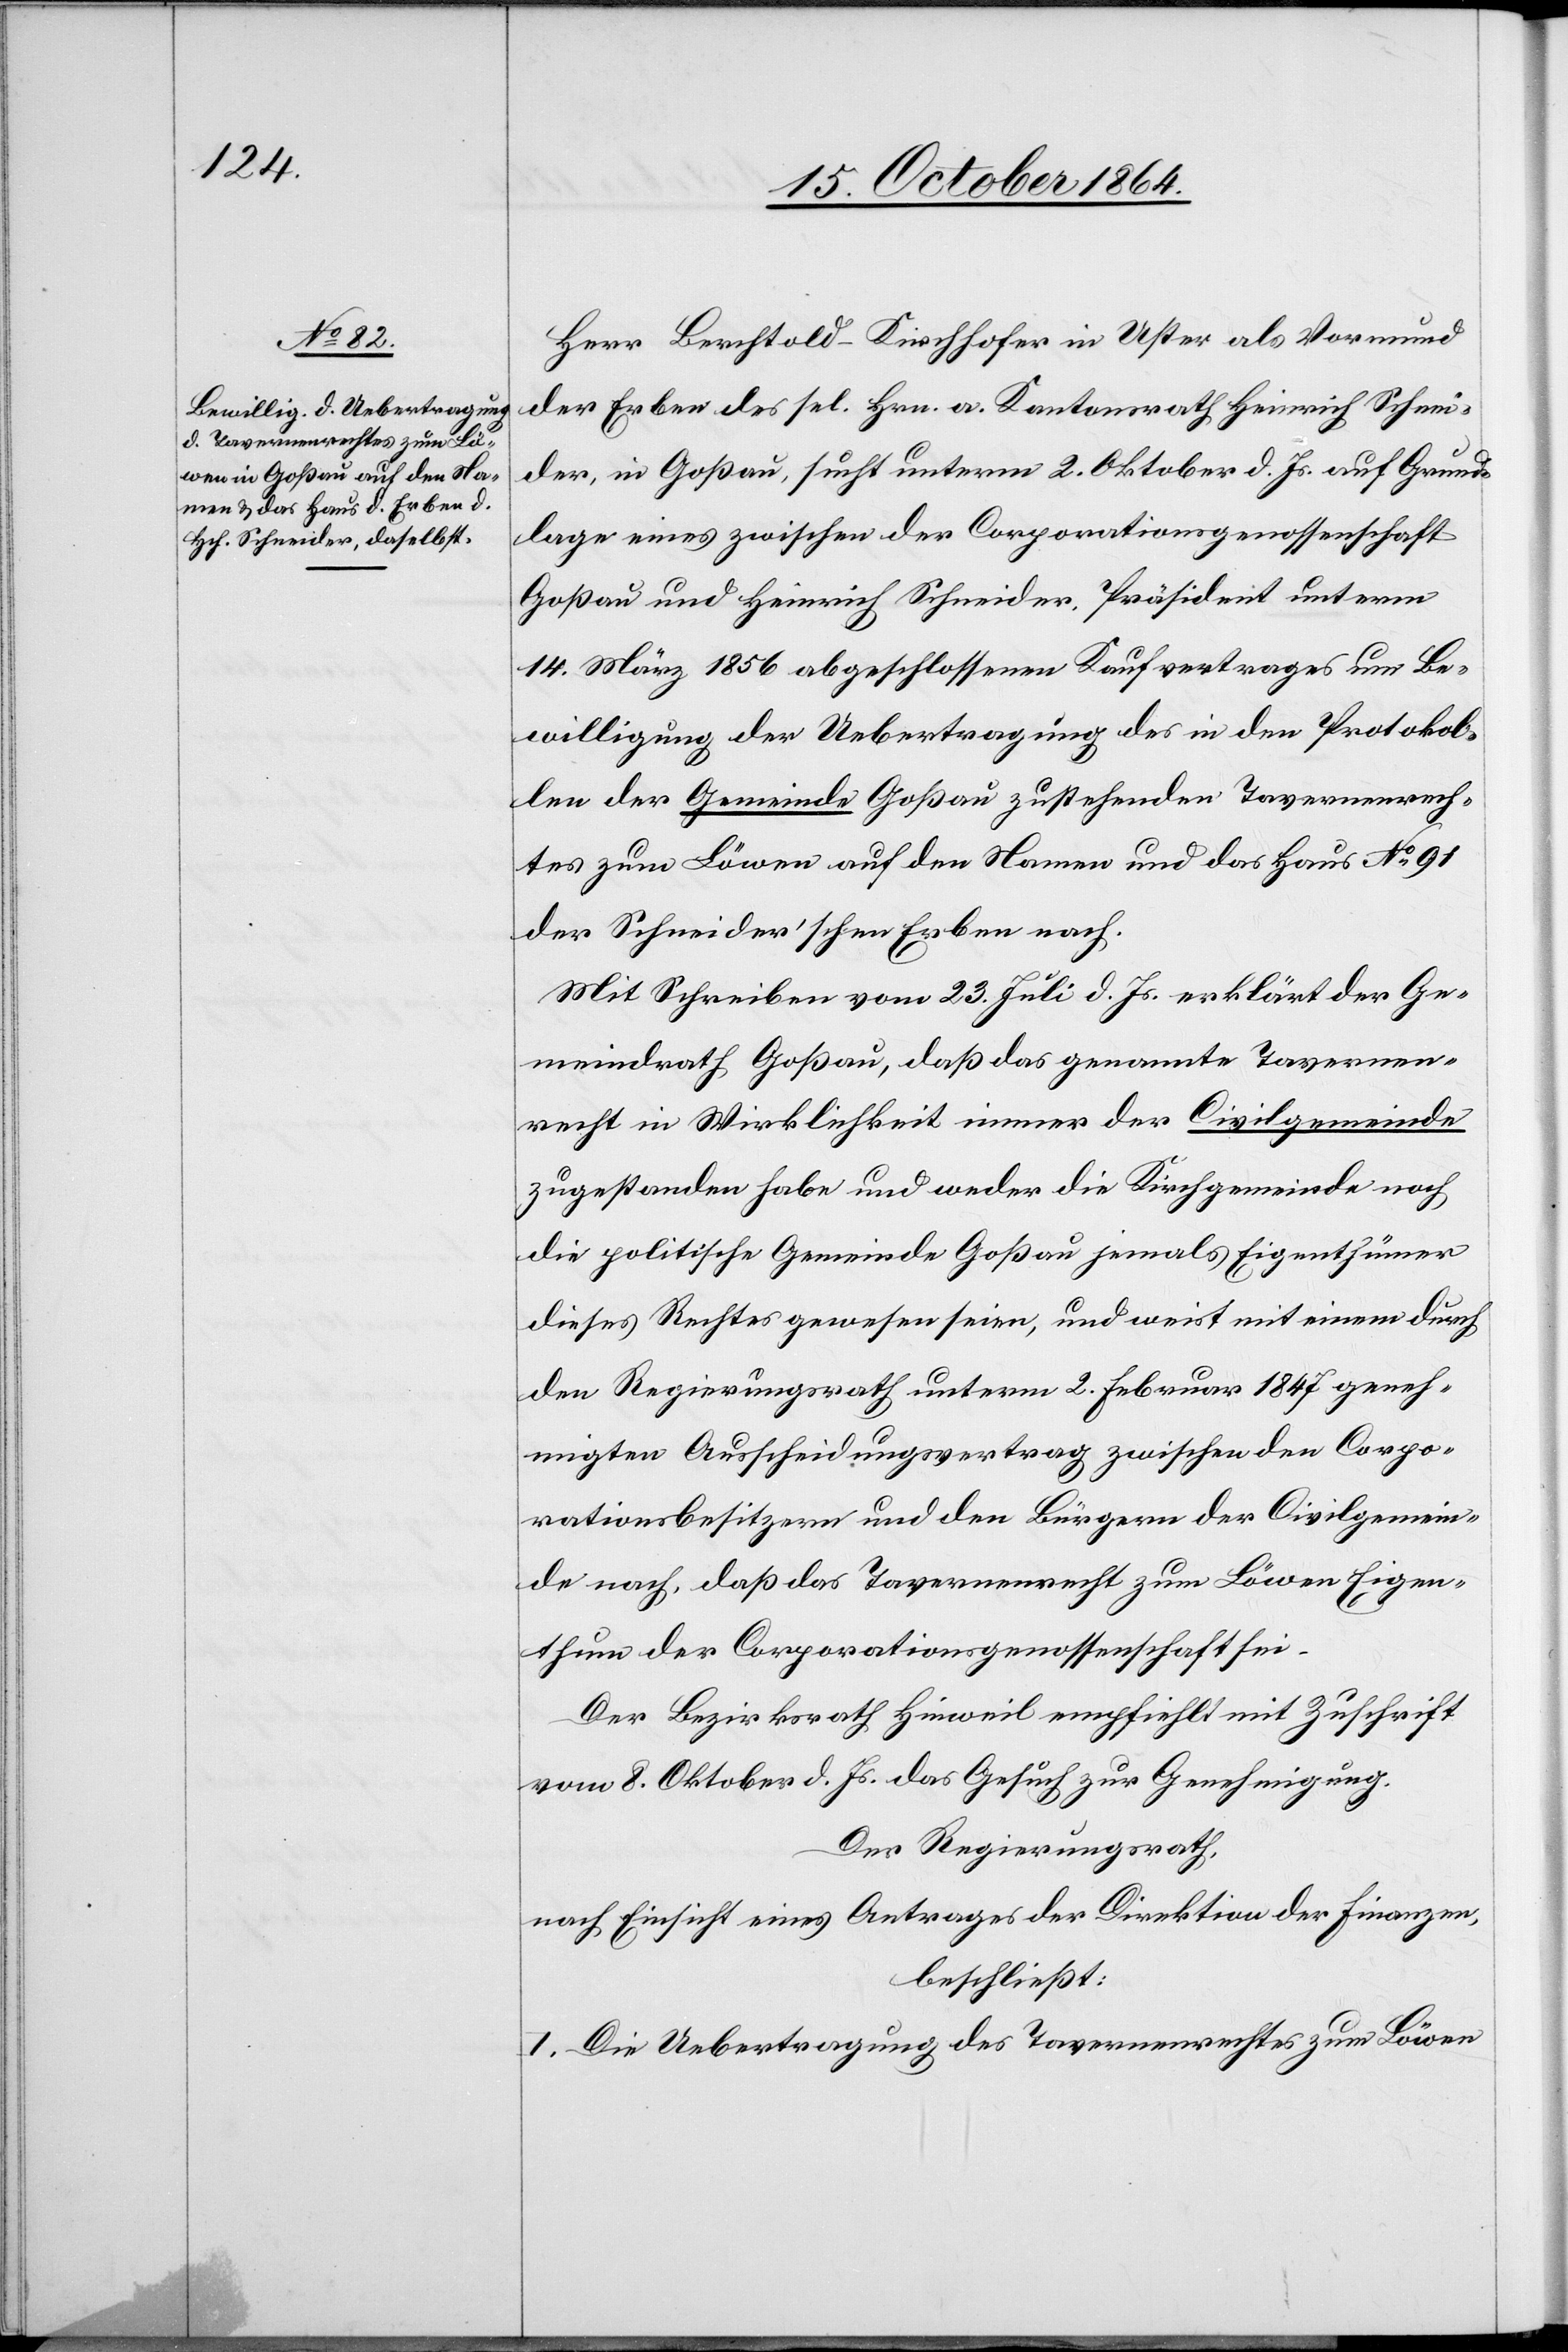
Herr Berchtold-Kirchhofer in Uster als Vormund
der Erben des sel. Hrn. a. Kantonsrath Heinrich Schnei¬
der, in Goßau, sucht unterm 2. Oktober d. Js. auf Grund¬
lage eines zwischen der Corporationsgenossenschaft
Goßau und Heinrich Schneider, Präsident unterm
14. März 1856 abgeschlossenen Kaufvertrages um Be¬
willigung der Uebertragung des in den Protokol¬
len der Gemeinde Goßau zustehenden Tavernenrech¬
tes zum Löwen auf den Namen und das Haus No 91
der Schneider’schen Erben nach.
Mit Schreiben vom 23. Juli d. Js. erklärt der Ge¬
meindrath Goßau, daß das genannte Tavernen¬
recht in Wirklichkeit immer der Civilgemeinde
zugestanden habe und weder die Kirchgemeinde noch
die politische Gemeinde Goßau jemals Eigenthümer
dieses Rechts gewesen seien, und weist mit einem durch
den Regierungsrath unterm 2. Februar 1847 geneh¬
migten Ausscheidungsvertrag zwischen den Corpo¬
rationsbesitzern und den Bürgern der Civilgemein¬
de nach, daß das Tavernenrecht zum Löwen Eigen¬
thum der Corporationsgenossenschaft sei.
Der Bezirksrath Hinweil empfiehlt mit Zuschrift
vom 8. Oktober d. Js. das Gesuch zur Genehmigung.
Der Regierungsrath,
nach Einsicht eines Antrages der Direktion der Finanzen,
beschließt:
I. Die Uebertragung des Tavernenrechtes zu Löwen